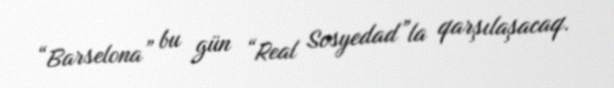
“Barselona” bu gün “Real Sosyedad”la qarşılaşacaq.